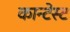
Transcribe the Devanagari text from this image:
कान्टेस्ट